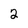
Character: 2